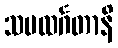
သမထင်္ဂတာနိ